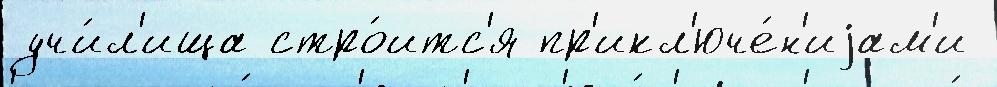
учи́л'ища стро́итс'я пр'икл'юче́н'иjам'и